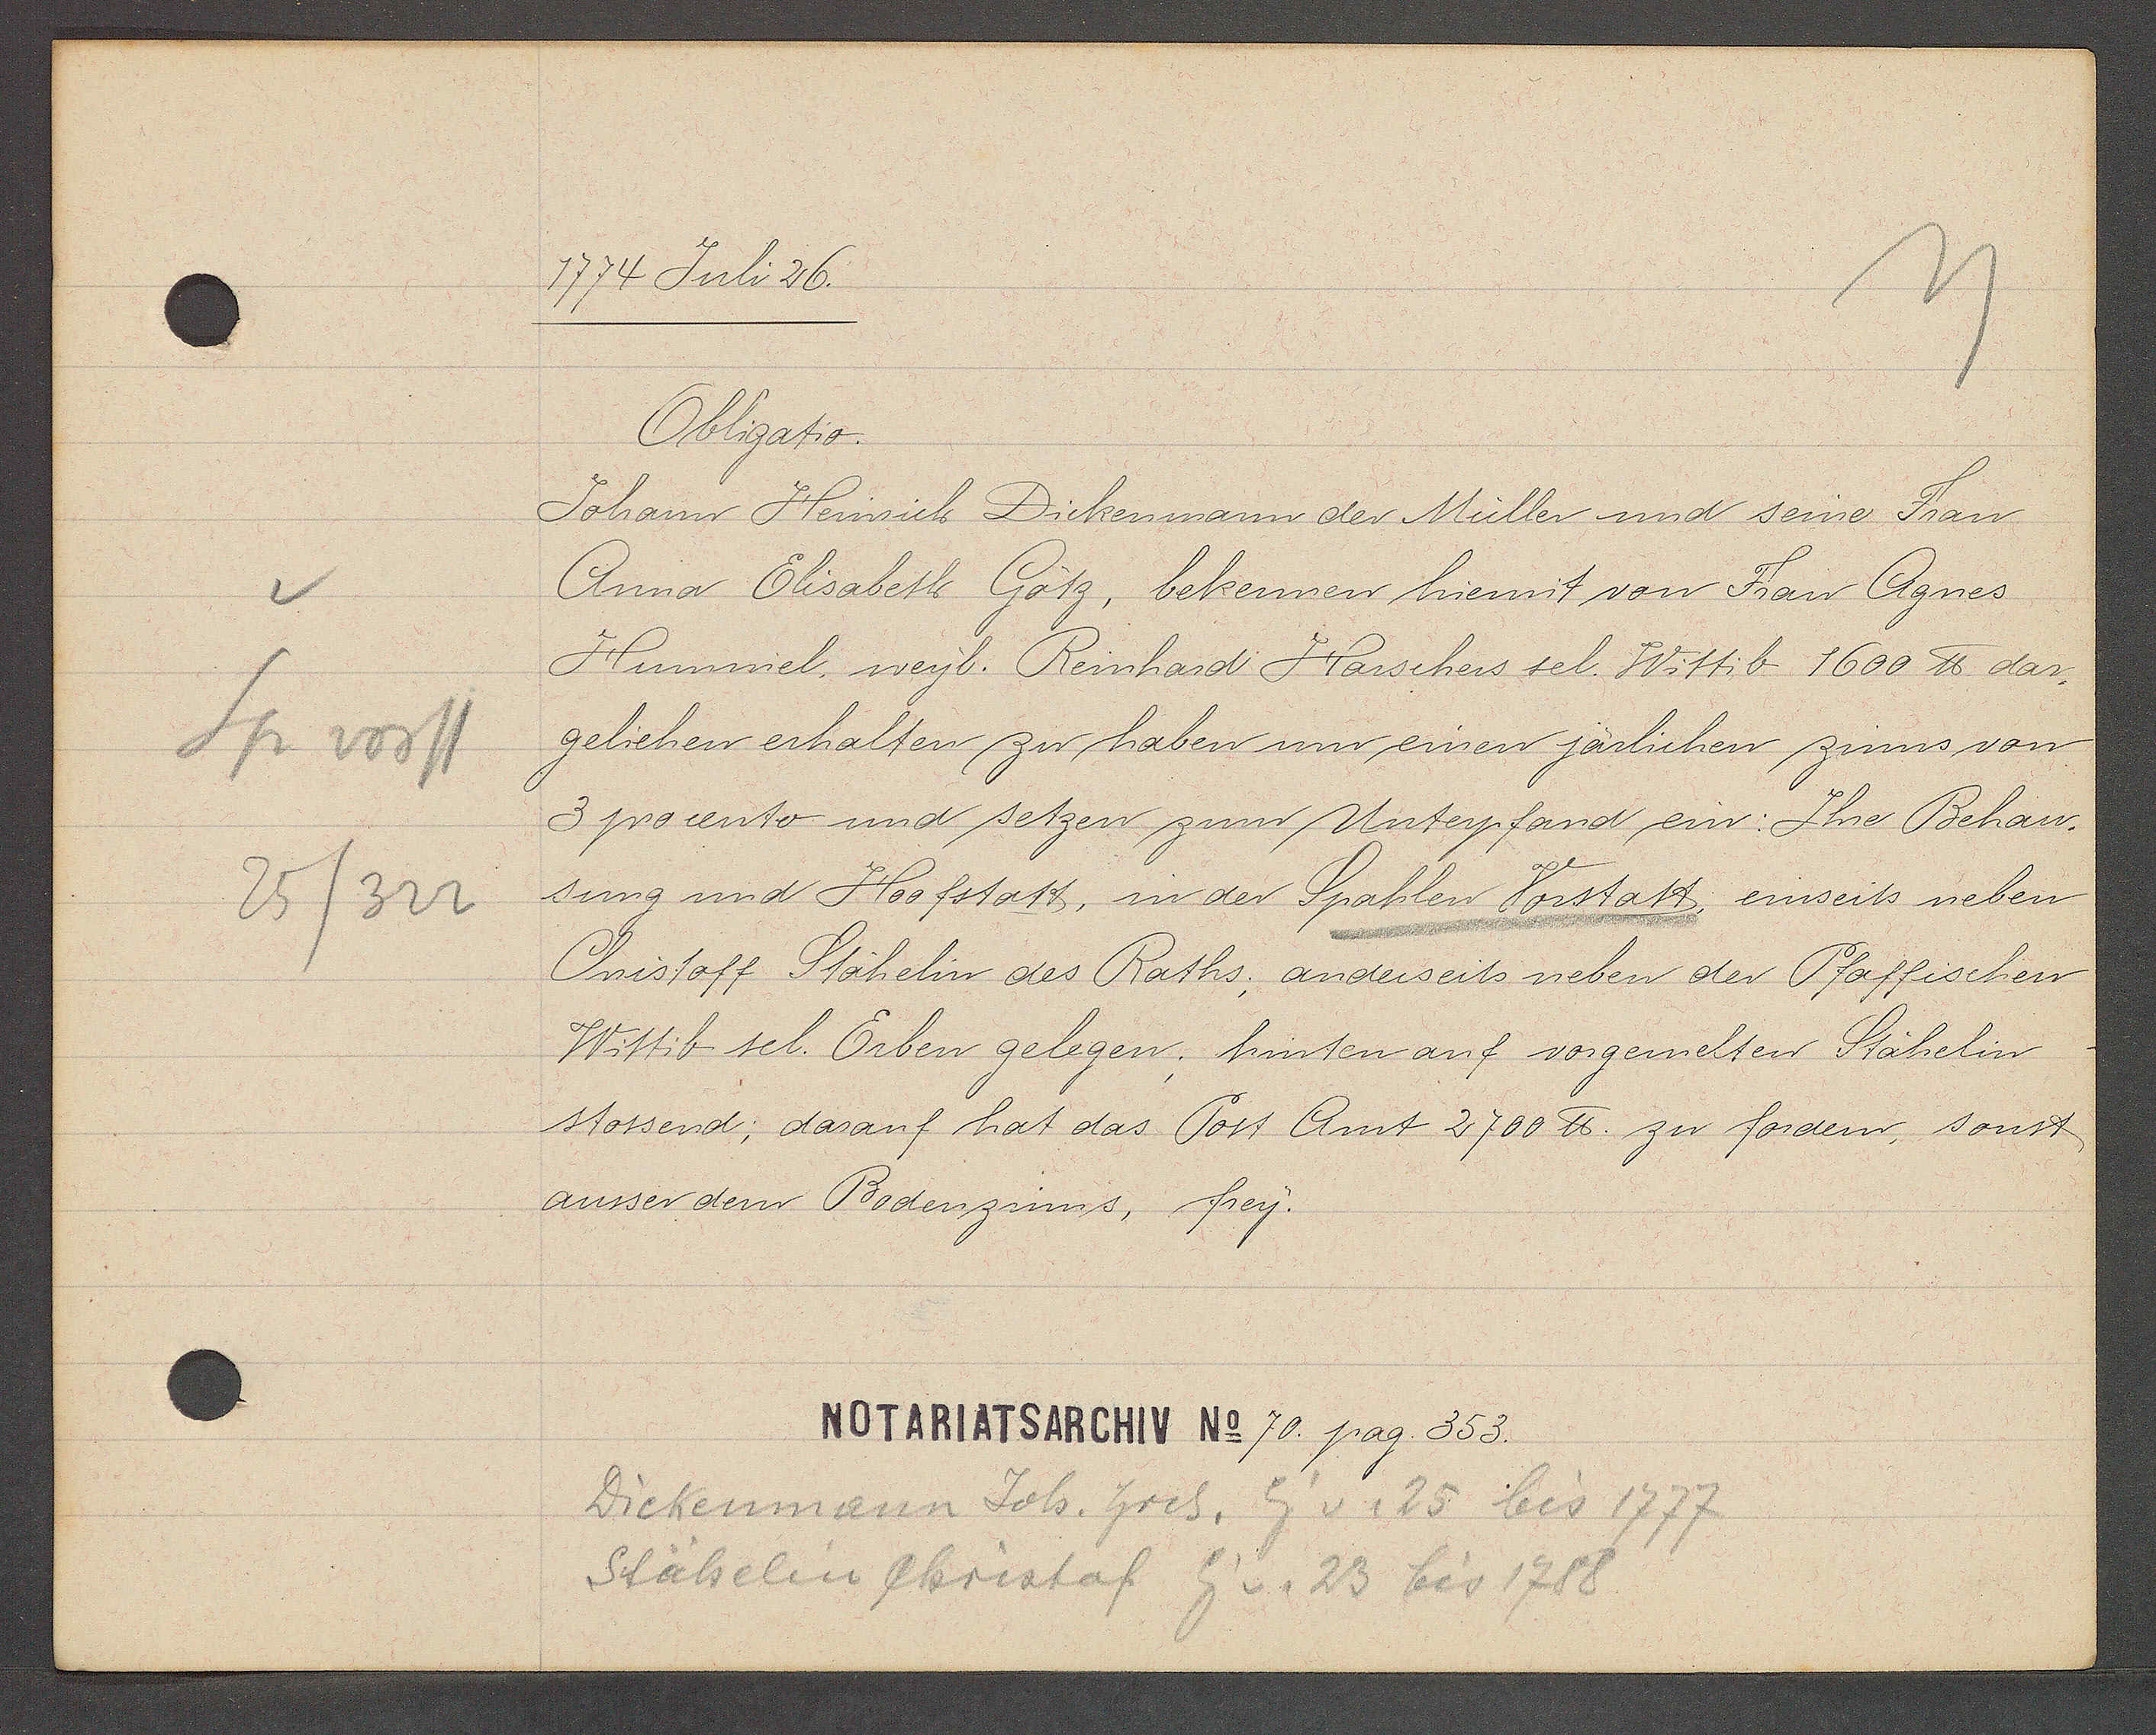
Transcript:
Sp vorst
25/322

1774 Juli 26.

Obligatio.
Johann Heinrich Dickenmann der Müller und seine Frau
Anna Elisabeth Götz, bekennen hiermit von Frau Agnes
Humriel, weyl. Reinhard Harschers sel. Wittib 1600 ℔ dar¬
geliehen erhalten zu haben um einen järlichen zinns von
3 procento und setzen zum Unterpfand ein: Ihre Behau¬
sung und Hoofstatt, in der Spahlen Vorstatt, einseits neben
Christoff Stahelin des Raths, anderseits neben der Pfaffischen
Wittib sel. Erben gelegen, hinten auf vorgemelten Stähelin
stossend; darauf hat das Post Amt 2700 ℔. zu fordern, sonst
ausser dem Bodenzinns, frey.

NOTARIATSARCHIV No 70. pag. 353.

Dichenmann Joh. hrch. Eg v. 25 bis 1777
Stähelin Christof Eig v. 23 bis 1788